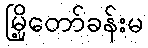
မြို့တော်ခန်းမ